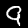
Digit: 9